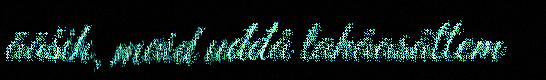
ääših, maid uđđâ lahâasâttem